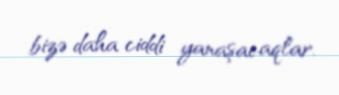
bizə daha ciddi yanaşacaqlar.